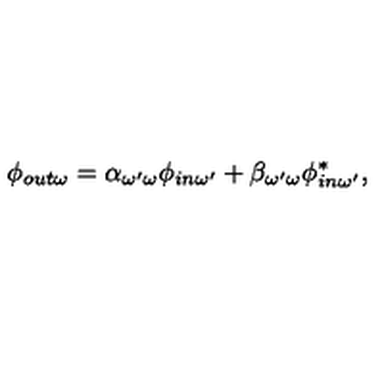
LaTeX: \phi _ { o u t \omega } = \alpha _ { \omega ^ { \prime } \omega } \phi _ { i n \omega ^ { \prime } } + \beta _ { \omega ^ { \prime } \omega } \phi _ { i n \omega ^ { \prime } } ^ { * } ,